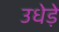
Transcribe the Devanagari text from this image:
उधेड़े